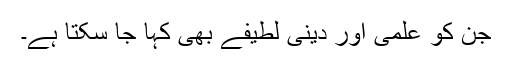
جن کو علمی اور دینی لطیفے بھی کہا جا سکتا ہے۔